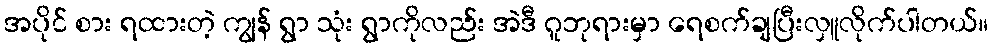
အပိုင် စား ရထားတဲ့ ကျွန် ရွာ သုံး ရွာကိုလည်း အဲဒီ ဂူဘုရားမှာ ရေစက်ချပြီးလှူလိုက်ပါတယ်။